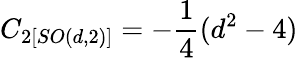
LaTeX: C_{2\left[SO(d,2)\right]}=-\frac{1}{4}(d^{2}-4)